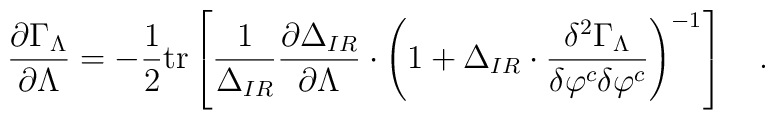
{\partial\Gamma_\Lambda\over\partial\Lambda}=-{1\over2}{\rm tr}\left[{1\over\Delta_{IR}}{\partial\Delta_{IR}\over\partial\Lambda}\cdot\left(1+\Delta_{IR}\cdot{\delta^2\Gamma_\Lambda\over\delta\varphi^c\delta\varphi^c}\right)^{-1}\right]\quad.